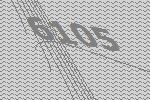
6105